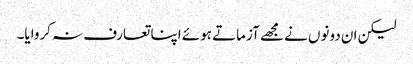
لیکن ان دونوں نے مجھے آزماتے ہوئے اپنا تعارف نہ کروایا۔